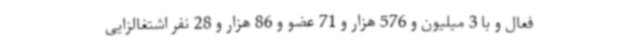
فعال و با 3 میلیون و 576 هزار و 71 عضو و 86 هزار و 28 نفر اشتغالزایی